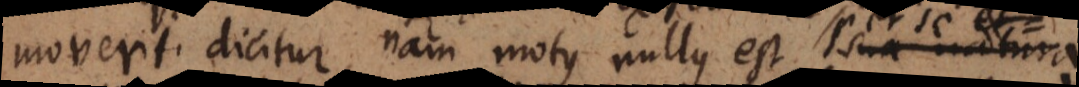
moveri dicitur, nam motus nullus est sua natura